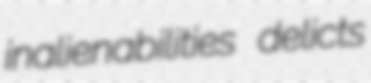
inalienabilities delicts